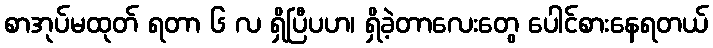
စာအုပ်မထုတ် ရတာ ၆ လ ရှိပြီပဟ၊ ရှိခဲ့တာလေးတွေ ပေါင်စားနေရတယ်